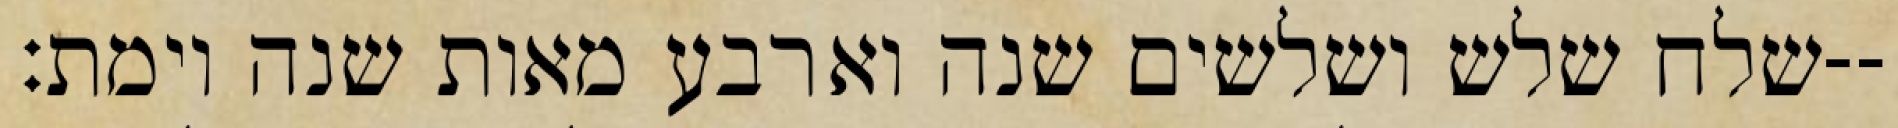
שלח שלש ושלשים שנה וארבע מאות שנה וימת׃--